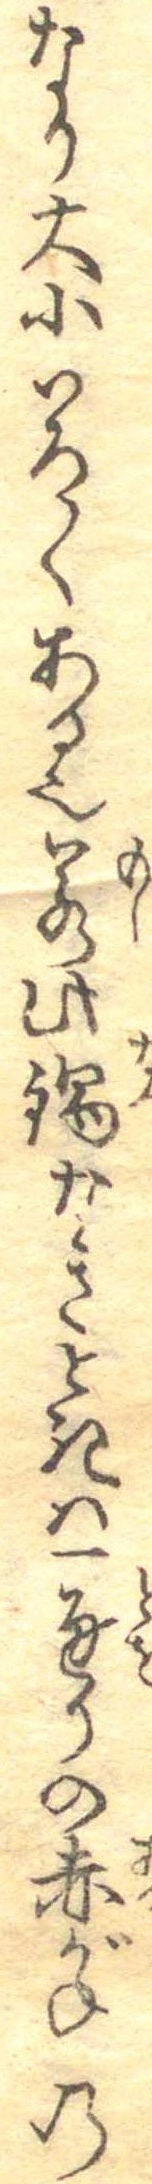
なり大小いろ〱ある也若此鍋なきときは一通りの赤がねの